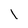
Character: l